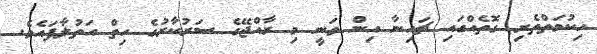
ހިކުމަތްތެރި ގޮތެއްގައި ޗައިނާ އިން ވަނީ މި ރާއްޖޭގެ ސަރުކާރުގެ ހިތް އަތުލާފައެވެ.